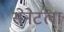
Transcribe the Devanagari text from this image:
सेनेटला